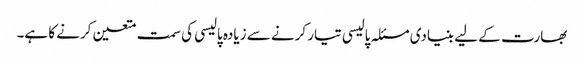
بھارت کے لیے بنیادی مسئلہ پالیسی تیار کرنے سے زیادہ پالیسی کی سمت متعین کرنے کا ہے۔